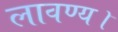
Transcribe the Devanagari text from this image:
लावण्य।